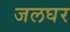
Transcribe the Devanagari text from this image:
जलघर